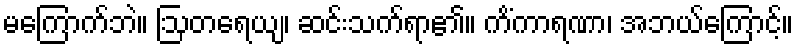
မကြောက်ဘဲ။ ဩတရေယျ၊ ဆင်းသက်ရာ၏။ ကိံကာရဏာ၊ အဘယ်ကြောင့်။